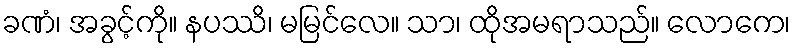
ခဏံ၊ အခွင့်ကို။ နပဿိ၊ မမြင်လေ။ သာ၊ ထိုအမရာသည်။ လောကေ၊